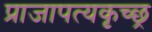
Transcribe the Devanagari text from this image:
प्राजापत्यकृच्छ्र